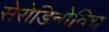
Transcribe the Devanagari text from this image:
सेरोडिनोविच